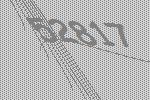
52817